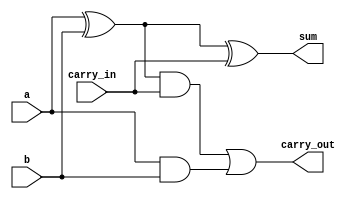
module full_adder 
  (
   a,
   b,
   carry_in,
   sum,
   carry_out
   );
 
  input  a;
  input  b;
  input  carry_in;
  output sum;
  output carry_out;
 
  wire   w_WIRE_1;
  wire   w_WIRE_2;
  wire   w_WIRE_3;
       
  assign w_WIRE_1 = a ^ b;
  assign w_WIRE_2 = w_WIRE_1 & carry_in;
  assign w_WIRE_3 = a & b;
 
  assign sum   = w_WIRE_1 ^ carry_in;
  assign carry_out = w_WIRE_2 | w_WIRE_3;

   
endmodule